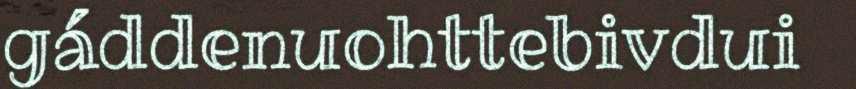
gáddenuohttebivdui